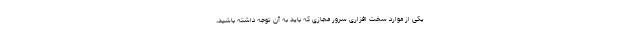
یکی از موارد سخت افزاری سرور مجازی که باید به آن توجه داشته باشید،